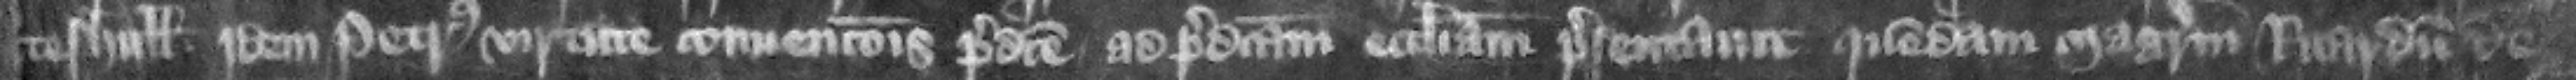
teshull idem Petrus virtue conuencionis predicte ad predictam ecclesiam presentauit quemdam Magistrum Ricardum de